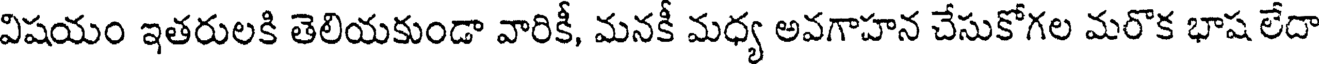
విషయం ఇతరులకి తెలియకుండా వారికీ, మనకీ మధ్య అవగాహన చేసుకోగల మరొక భాష లేదా